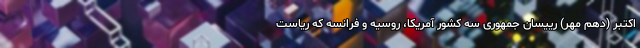
اکتبر (دهم مهر) رییسان جمهوری سه کشور آمریکا، روسیه و فرانسه که ریاست